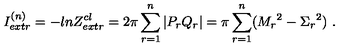
I _ { e x t r } ^ { ( n ) } = - l n Z _ { e x t r } ^ { c l } = 2 \pi \sum _ { r = 1 } ^ { n } | P _ { r } Q _ { r } | = \pi \sum _ { r = 1 } ^ { n } ( { M _ { r } } ^ { 2 } - { \Sigma _ { r } } ^ { 2 } ) \ .